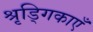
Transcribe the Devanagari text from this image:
श्रृड्गिकाएँ